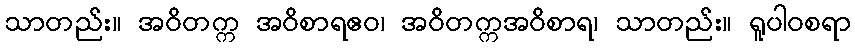
သာတည်း။ အဝိတက္က အဝိစာရဧဝ၊ အဝိတက္ကအဝိစာရ၊ သာတည်း။ ရူပါဝစရာ